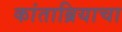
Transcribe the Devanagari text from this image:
कांताब्रियाचा